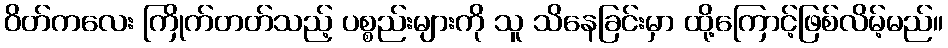
ဝိတ်ကလေး ကြိုက်တတ်သည့် ပစ္စည်းများကို သူ သိနေခြင်းမှာ ထို့ကြောင့်ဖြစ်လိမ့်မည်။